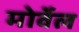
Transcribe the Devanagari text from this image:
मोर्वेल